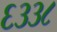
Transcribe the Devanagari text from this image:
६३३८